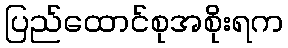
ပြည်ထောင်စုအစိုးရက